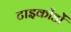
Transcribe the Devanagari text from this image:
टाइकोंडों